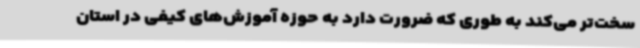
سخت‌تر می‌کند به طوری که ضرورت دارد به حوزه آموزش‌های کیفی در استان